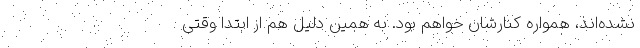
نشده‌اند، همواره کنارشان خواهم بود. به همین دلیل هم از ابتدا وقتی